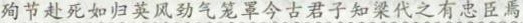
殉节赴死如归英风劲气笼罩今古君子知梁代之有忠臣焉